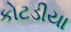
કોટડીયા